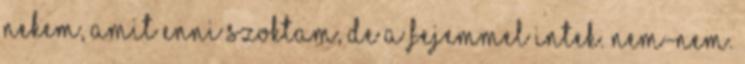
nekem, amit enni szoktam, de a fejemmel intek. Nem-nem.